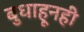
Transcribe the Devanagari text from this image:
बुधाहूनही